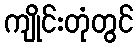
ကျိုင်းတုံတွင်